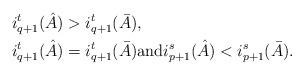
LaTeX: \begin{align*}&i^t_{q+1}(\hat A)>i^t_{q+1}(\bar A),\\&i^t_{q+1}(\hat A)=i^t_{q+1}(\bar A)\hbox{and} i^s_{p+1}(\hat A)< i^s_{p+1}(\bar A).\end{align*}